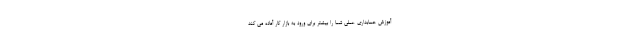
آموزش حسابداری عملی شما را بیشتر برای ورود به بازار کار آماده می کند